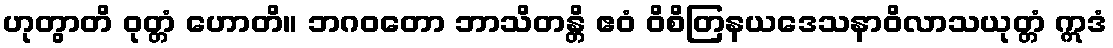
ဟုတွာတိ ဝုတ္တံ ဟောတိ။ ဘဂဝတော ဘာသိတန္တိ ဧဝံ ဝိစိတြနယဒေသနာဝိလာသယုတ္တံ ဣဒံ